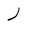
Letter: _ra